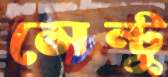
সেন্টু